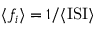
\langle f _ { i } \rangle = 1 / \langle \mathrm { I S I } \rangle